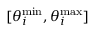
[ \theta _ { i } ^ { \operatorname* { m i n } } , \theta _ { i } ^ { \operatorname* { m a x } } ]